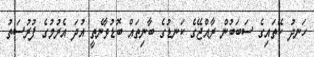
ހަނދު ކޭތައިގެ ސަބަބުން ރާއްޖޭގެ ކަނޑުގެ ބާނިތައް ބޮޑުވާނެތީ އުދަ އެރުމުގެ ފުރުސަތު